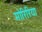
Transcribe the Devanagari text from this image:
मोरिरिया